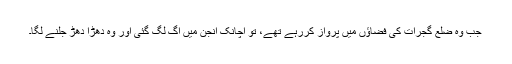
جب وہ ضلع گجرات کی فضاؤں میں پرواز کررہے تھے، تو اچانک انجن میں آگ لگ گئی اور وہ دھڑا دھڑ جلنے لگا۔